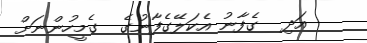
އަދި  ގެފާނު އެކަލޭގެފާނުގެ  ގެމީހުންނަށް